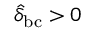
\hat { \delta } _ { \mathrm { b c } } > 0